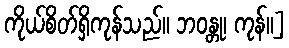
ကိုယ်စိတ်ရှိကုန်သည်။ ဘဝန္တု၊ ကုန်။]